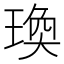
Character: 瑍